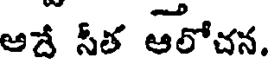
అదే సీత ఆలోచన.